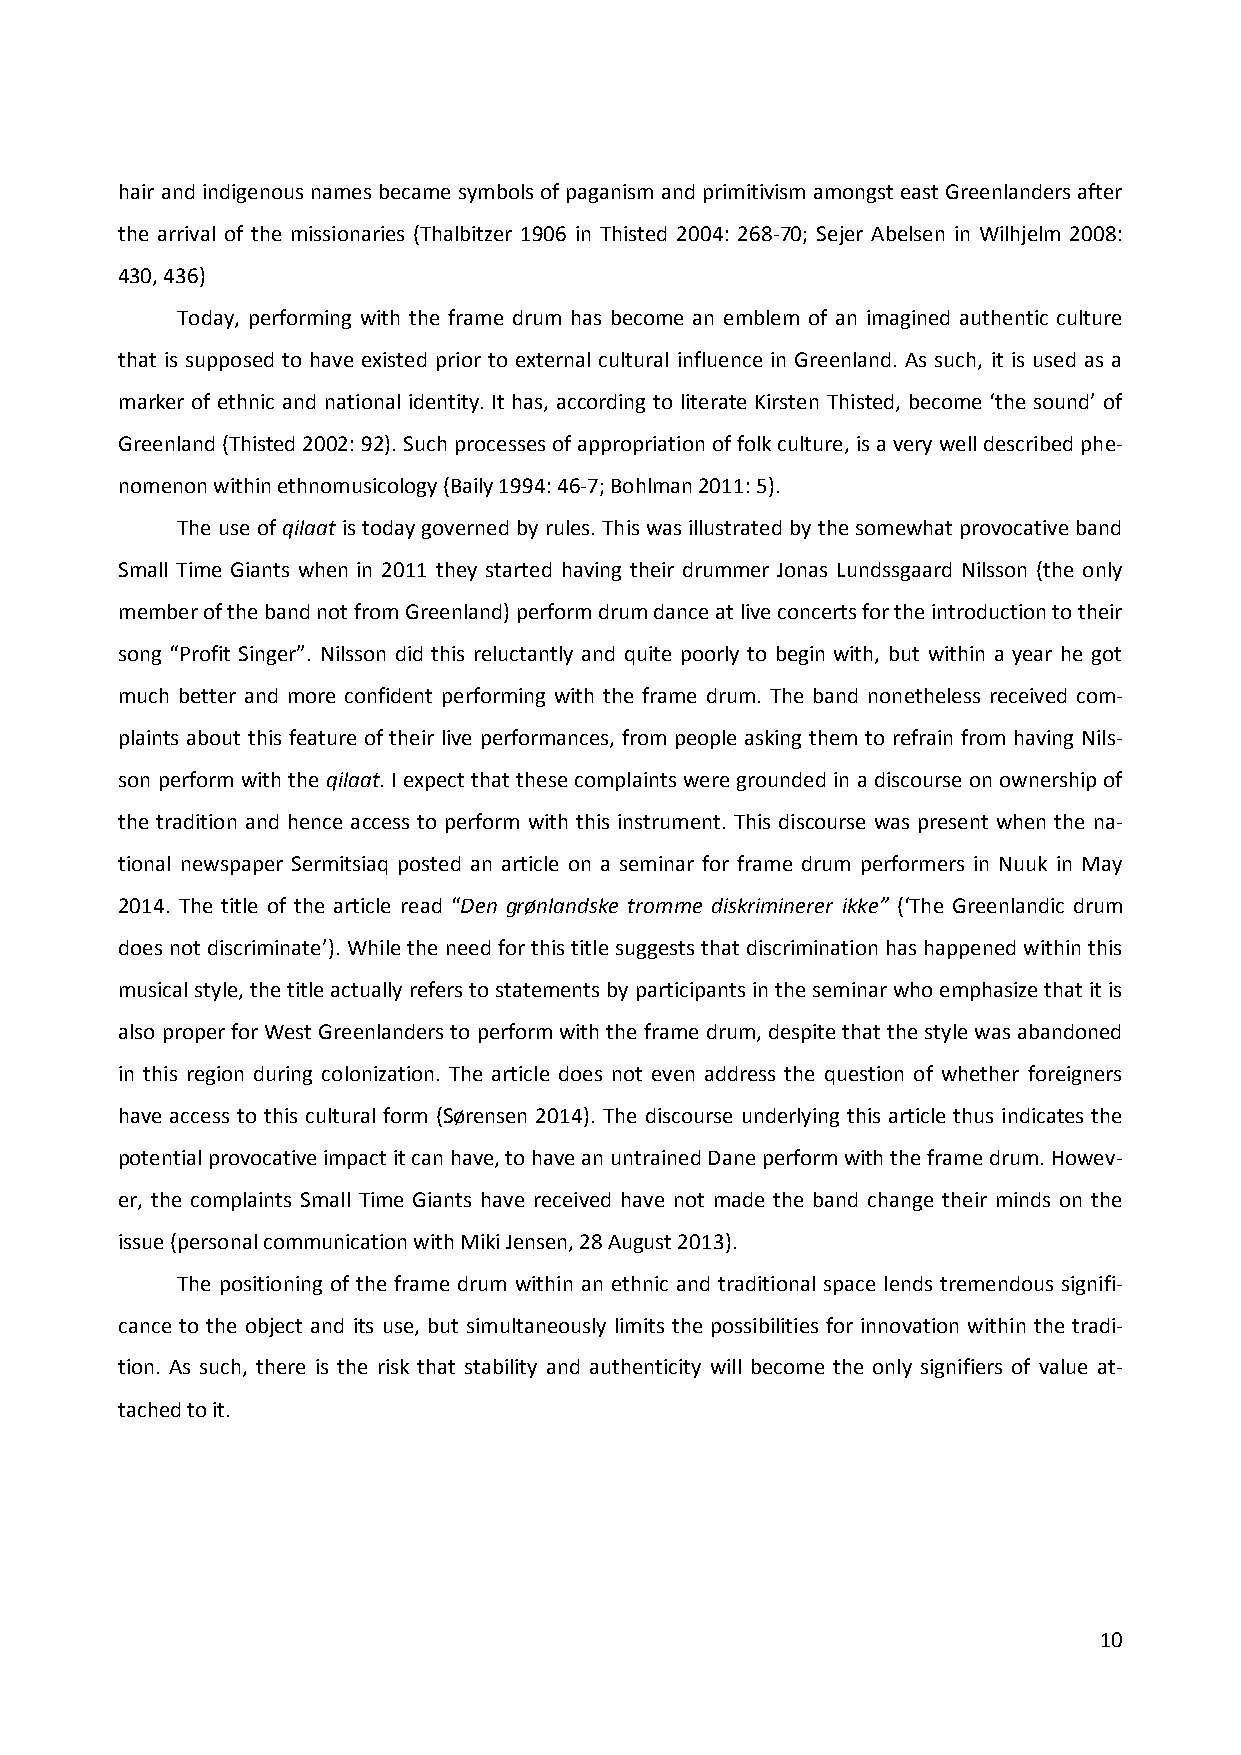
hair and indigenous names became symbols of paganism and primitivism amongst east Greenlanders after
 the arrival of the missionaries (Thalbitzer 1906 in Thisted 2004: 268-70; Sejer Abelsen in Wilhjelm 2008:
 430, 436)
 Today, performing with the frame drum has become an emblem of an imagined authentic culture
 that is supposed to have existed prior to external cultural influence in Greenland. As such, it is used as a
 marker of ethnic and national identity. It has, according to literate Kirsten Thisted, become ‘the sound’ of
 Greenland (Thisted 2002: 92). Such processes of appropriation of folk culture, is a very well described phe-
 nomenon within ethnomusicology (Baily 1994: 46-7; Bohlman 2011: 5).
 The use of qilaat is today governed by rules. This was illustrated by the somewhat provocative band
 Small Time Giants when in 2011 they started having their drummer Jonas Lundssgaard Nilsson (the only
 member of the band not from Greenland) perform drum dance at live concerts for the introduction to their
 song “Profit Singer”. Nilsson did this reluctantly and quite poorly to begin with, but within a year he got
 much better and more confident performing with the frame drum. The band nonetheless received com-
 plaints about this feature of their live performances, from people asking them to refrain from having Nils-
 son perform with the qilaat. I expect that these complaints were grounded in a discourse on ownership of
 the tradition and hence access to perform with this instrument. This discourse was present when the na-
 tional newspaper Sermitsiaq posted an article on a seminar for frame drum performers in Nuuk in May
 2014. The title of the article read “Den grønlandske tromme diskriminerer ikke” (‘The Greenlandic drum
 does not discriminate’). While the need for this title suggests that discrimination has happened within this
 musical style, the title actually refers to statements by participants in the seminar who emphasize that it is
 also proper for West Greenlanders to perform with the frame drum, despite that the style was abandoned
 in this region during colonization. The article does not even address the question of whether foreigners
 have access to this cultural form (Sørensen 2014). The discourse underlying this article thus indicates the
 potential provocative impact it can have, to have an untrained Dane perform with the frame drum. Howev-
 er, the complaints Small Time Giants have received have not made the band change their minds on the
 issue (personal communication with Miki Jensen, 28 August 2013).
 The positioning of the frame drum within an ethnic and traditional space lends tremendous signifi-
 cance to the object and its use, but simultaneously limits the possibilities for innovation within the tradi-
 tion. As such, there is the risk that stability and authenticity will become the only signifiers of value at-
 tached to it.
 10